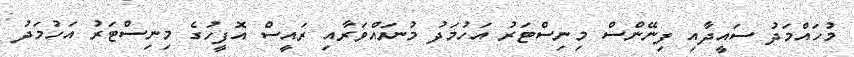
މުހައްމަދު ސައީދާއި ފިނޭންސް މިނިސްޓަރު އަހުމަދު މުނައްވަރާއި ރައީސް އޮފީހުގެ މިނިސްޓަރު އަހުމަދު